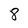
Character: 8